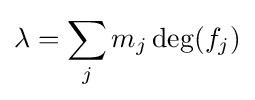
\lambda =\sum _{j}m_{j}\deg(f_{j})